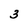
Character: 3